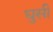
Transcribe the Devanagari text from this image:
घुसीं